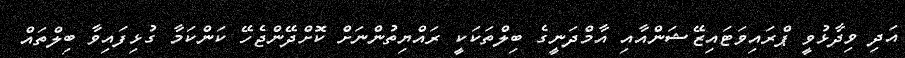
އަދި ވިދާޅުވީ ޕްރައިވަޓައިޒޭޝަންއާއި އާމްދަނީގެ ބިލްތަކަކީ ރައްޔިތުންނަށް ކޮށްދޭންޖެހޭ ކަންކަމާ ގުޅިފައިވާ ބިލްތައް